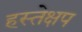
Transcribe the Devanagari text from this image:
हस्तेक्षप